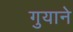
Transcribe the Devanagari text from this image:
गुयाने